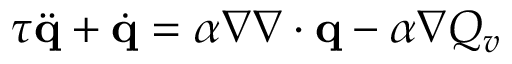
\begin{array} { r } { \tau \ddot { \mathbf q } + \dot { \mathbf q } = \alpha \nabla \nabla \cdot \mathbf q - \alpha \nabla Q _ { v } } \end{array}